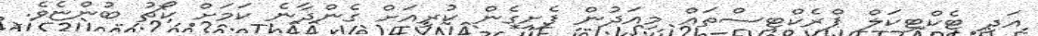
އަދި ޓެކްޓިކަލް ޕްރެކްޓިސްތައް މިއަދުން ފެށިގެން ކުރިއަށް ގެންދާނެ ކަމަށް ކޯޗު ބުންޏެވެ.